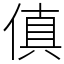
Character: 傎